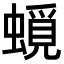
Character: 𧐎